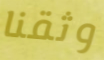
وثقنا